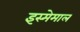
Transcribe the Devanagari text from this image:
इस्मेमाल